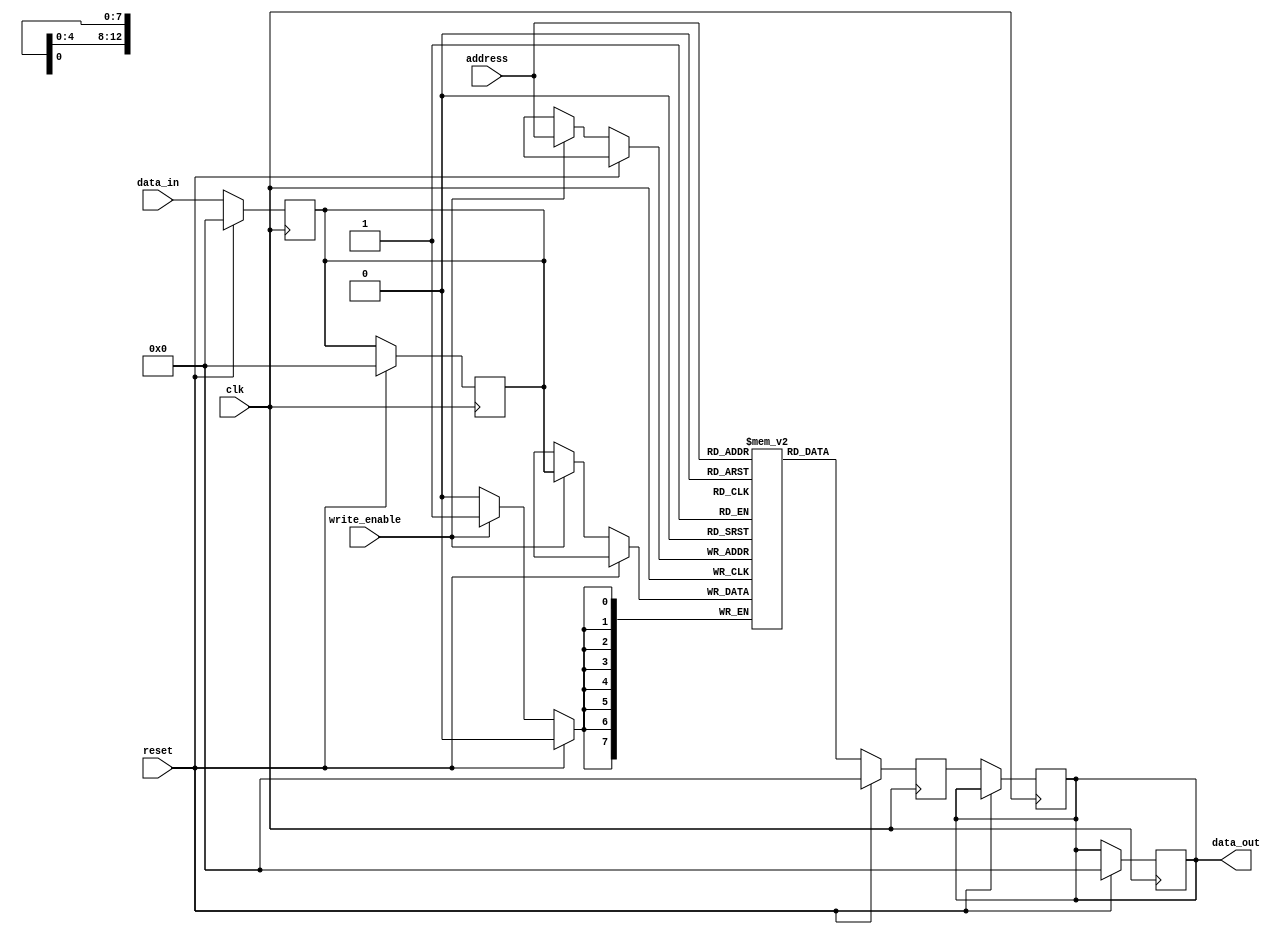
module ddr_sdram (
    input wire clk,
    input wire reset,
    input wire write_enable,
    input wire [7:0] data_in,
    input wire [12:0] address,
    output reg [7:0] data_out
);

reg [7:0] memory [0:8191]; // Simulated SDRAM memory of 8192 locations

reg [7:0] read_data;
reg [7:0] write_data;

always @(posedge clk) begin
    if (reset) begin
        // Reset memory and registers
        read_data <= 8'b0;
        write_data <= 8'b0;
        data_out <= 8'b0;
    end else begin
        // Read data from memory
        read_data <= memory[address];

        // Write data to memory
        if (write_enable) begin
            memory[address] <= write_data;
        end
    end
end

// Data input/output buffers
always @(posedge clk) begin
    if (reset) begin
        write_data <= 8'b0;
    end else begin
        write_data <= data_in;
        data_out <= read_data;
    end
end

endmodule